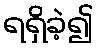
ရရှိခဲ့၍